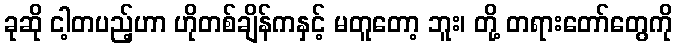
ခုဆို ငါ့တပည့်ဟာ ဟိုတစ်ချိန်ကနှင့် မတူတော့ ဘူး၊ တို့ တရားတော်တွေကို